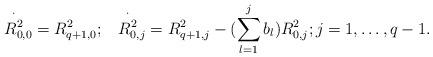
LaTeX: \begin{align*} \overset \cdot {\;\;R^2_{0,0}}=R_{q+1,0}^2;\; \overset \cdot {\;\;R^2_{0,j}}=R_{q+1,j}^2-(\sum_{l=1}^j b_l)R_{0,j}^2;j=1,\dots, q-1.\end{align*}